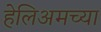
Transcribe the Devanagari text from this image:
हेलिअमच्या